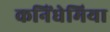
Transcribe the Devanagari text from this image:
कनिंघेमिया